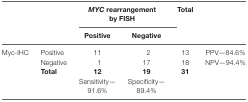
<table><thead><tr><td rowspan="2"></td><td rowspan="2"></td><td colspan="2"><b><i>MYC</i> rearrangement by FISH</b></td><td rowspan="2"><b>Total</b></td><td rowspan="2"></td></tr><tr><td><b>Positive</b></td><td><b>Negative</b></td></tr></thead><tbody><tr><td rowspan="2">Myc-IHC</td><td>Positive</td><td>11</td><td>2</td><td>13</td><td>PPV—84.6%</td></tr><tr><td>Negative</td><td>1</td><td>17</td><td>18</td><td>NPV—94.4%</td></tr><tr><td></td><td><b>Total</b></td><td><b>12</b></td><td><b>19</b></td><td><b>31</b></td><td></td></tr><tr><td></td><td></td><td>Sensitivity—91.6%</td><td>Specificity—89.4%</td><td></td><td></td></tr></tbody></table>